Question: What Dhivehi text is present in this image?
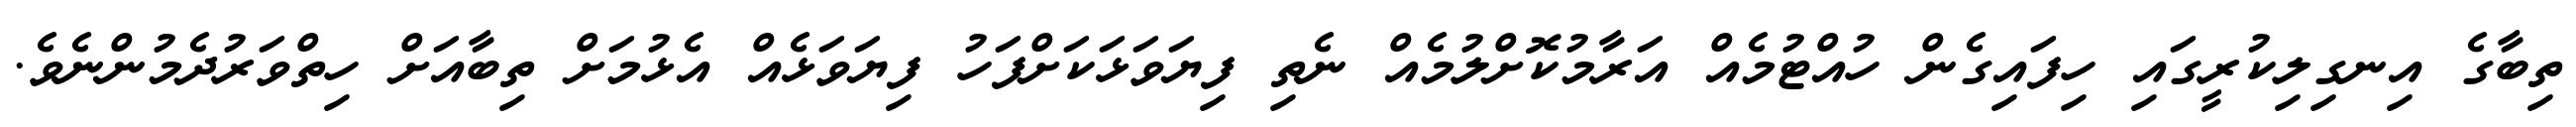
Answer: ތިބާގެ އިނގިލިކުރީގައި ހިފައިގެން ހުއްޓުމެއް އަރާމުކޮށްލުމެއް ނެތި ފިޔަވަޅަކަށްފަހު ފިޔަވަޅެއް އެޅުމަށް ތިބާއަށް ހިތްވަރުދެމުންނެވެ.